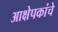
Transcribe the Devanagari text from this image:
आक्षेपकांचे